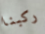
ركبنا